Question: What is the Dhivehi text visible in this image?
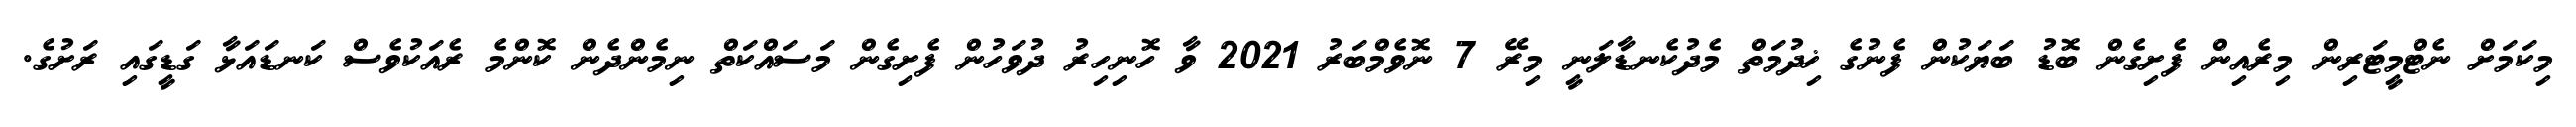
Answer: މިކަމަށް ނެޓްމީޓަރިން މިރެއިން ފެށިގެން ބޮޑު ބަޔަކުން ފެނުގެ ޚިދުމަތް މެދުކެނޑާލަނީ މިރޭ 7 ނޮވެމްބަރު 2021 ވާ ހޮނިހިރު ދުވަހުން ފެށިގެން މަސައްކަތް ނިމެންދެން ކޮންމެ ރެއަކުވެސް ކަނޑައަޅާ ގަޑީގައި ރަށުގެ.